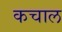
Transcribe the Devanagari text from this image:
कचाल